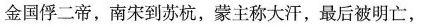
金国俘二帝，南宋到苏杭，蒙主称大汗，最后被明亡，